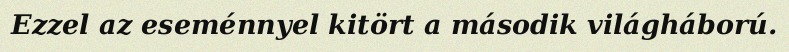
Ezzel az eseménnyel kitört a második világháború.